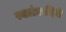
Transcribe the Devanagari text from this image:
स्वातंत्रयदिनी